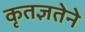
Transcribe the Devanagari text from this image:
कृतज्ञतेने